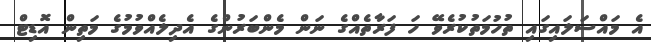
އެ މައްސަލައިގައި ތުހުމަތުކުރެވޭ ހަ ފަރާތެއްގެ ނަން މެންބަރުންގެ އެދިލެއްވުމުގެ މަތިން އޮޑިޓް